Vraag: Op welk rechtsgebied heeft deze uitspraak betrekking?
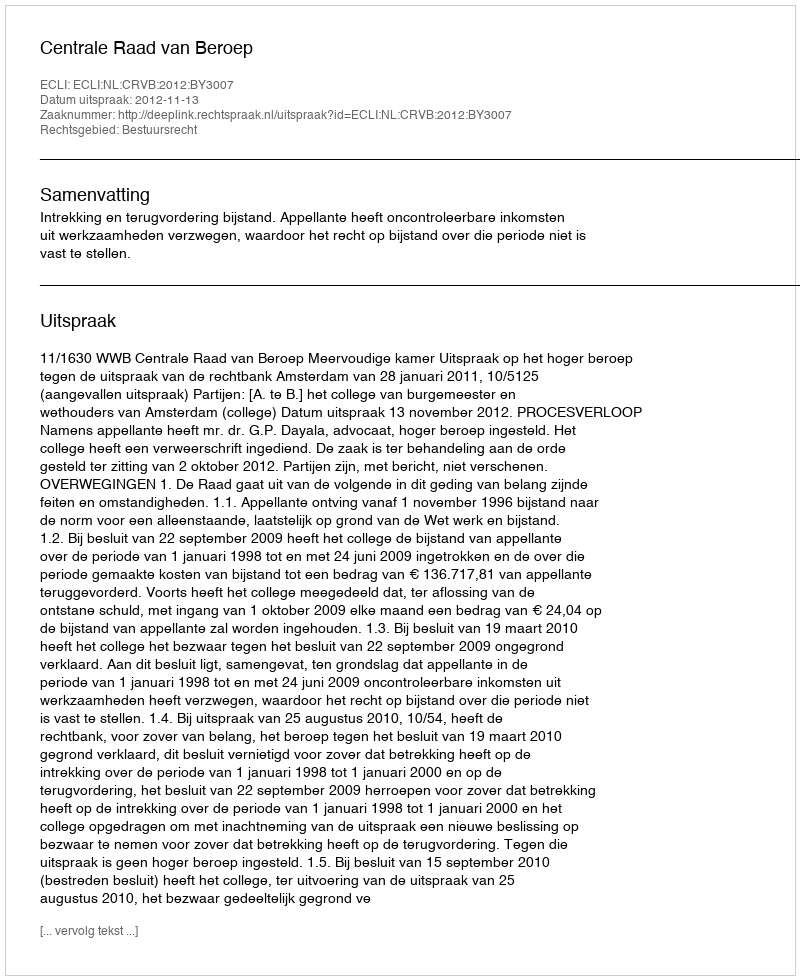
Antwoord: Bestuursrecht